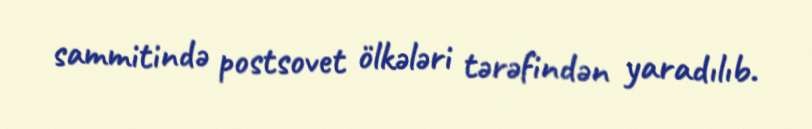
sammitində postsovet ölkələri tərəfindən yaradılıb.